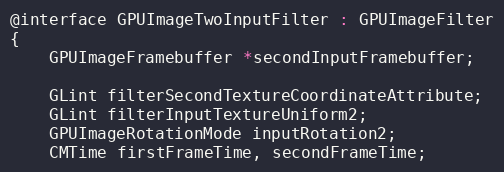
Language: C
@interface GPUImageTwoInputFilter : GPUImageFilter
{
    GPUImageFramebuffer *secondInputFramebuffer;

    GLint filterSecondTextureCoordinateAttribute;
    GLint filterInputTextureUniform2;
    GPUImageRotationMode inputRotation2;
    CMTime firstFrameTime, secondFrameTime;